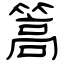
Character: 篙